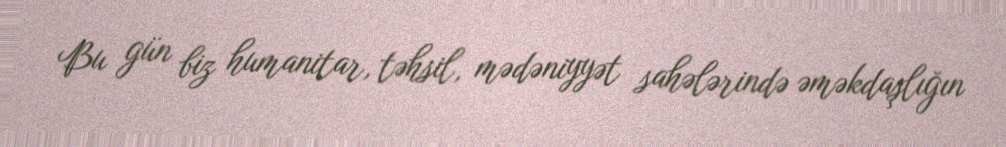
Bu gün biz humanitar, təhsil, mədəniyyət sahələrində əməkdaşlığın